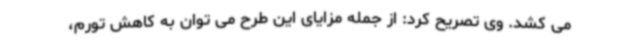
می کشد. وی تصریح کرد: از جمله مزایای این طرح می توان به کاهش تورم،